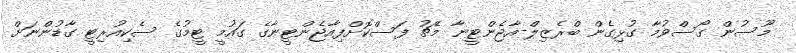
މޫސުން ގޯސްވުމާ ގުޅިގެން ބްރެޒިލް-އާޖެންޓީނާ މެޗު ފަސްކޮށްފިއާޖެންޓީނާގެ ގައުމީ ޓީމުގެ ސެކިއުރިޓީ ގާޑުންނަށް